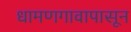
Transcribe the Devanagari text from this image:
धामणगावापासून